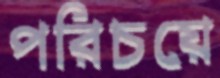
পরিচয়ে